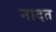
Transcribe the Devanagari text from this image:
नादत